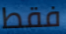
فقط